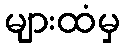
များထံမှ